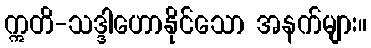
ဣတိ-သဒ္ဒါဟောနိုင်သော အနက်များ။